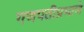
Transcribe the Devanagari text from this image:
गणपतीप्रमाणे